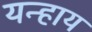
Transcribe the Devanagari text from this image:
यन्हाय